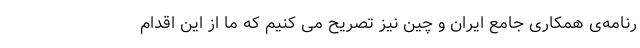
رنامه‌ی همکاریِ جامعِ ایران و چین نیز تصریح می کنیم که ما از این اقدام